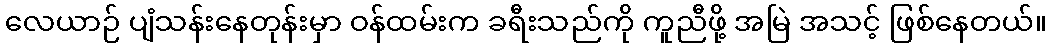
လေယာဉ် ပျံသန်းနေတုန်းမှာ ဝန်ထမ်းက ခရီးသည်ကို ကူညီဖို့ အမြဲ အသင့် ဖြစ်နေတယ်။